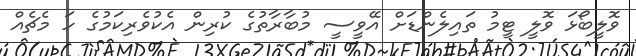
ވޮލީބޯޅަ ވޮލީ ޓީމު ތައިލެންޑަށް އޭވީސީ މުބާރާތުގެ ކުރިން އެކުވެރިކަމުގެ ހަ މެޗެއް